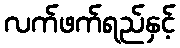
လက်ဖက်ရည်နှင့်